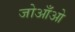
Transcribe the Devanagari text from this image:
जोआँओ